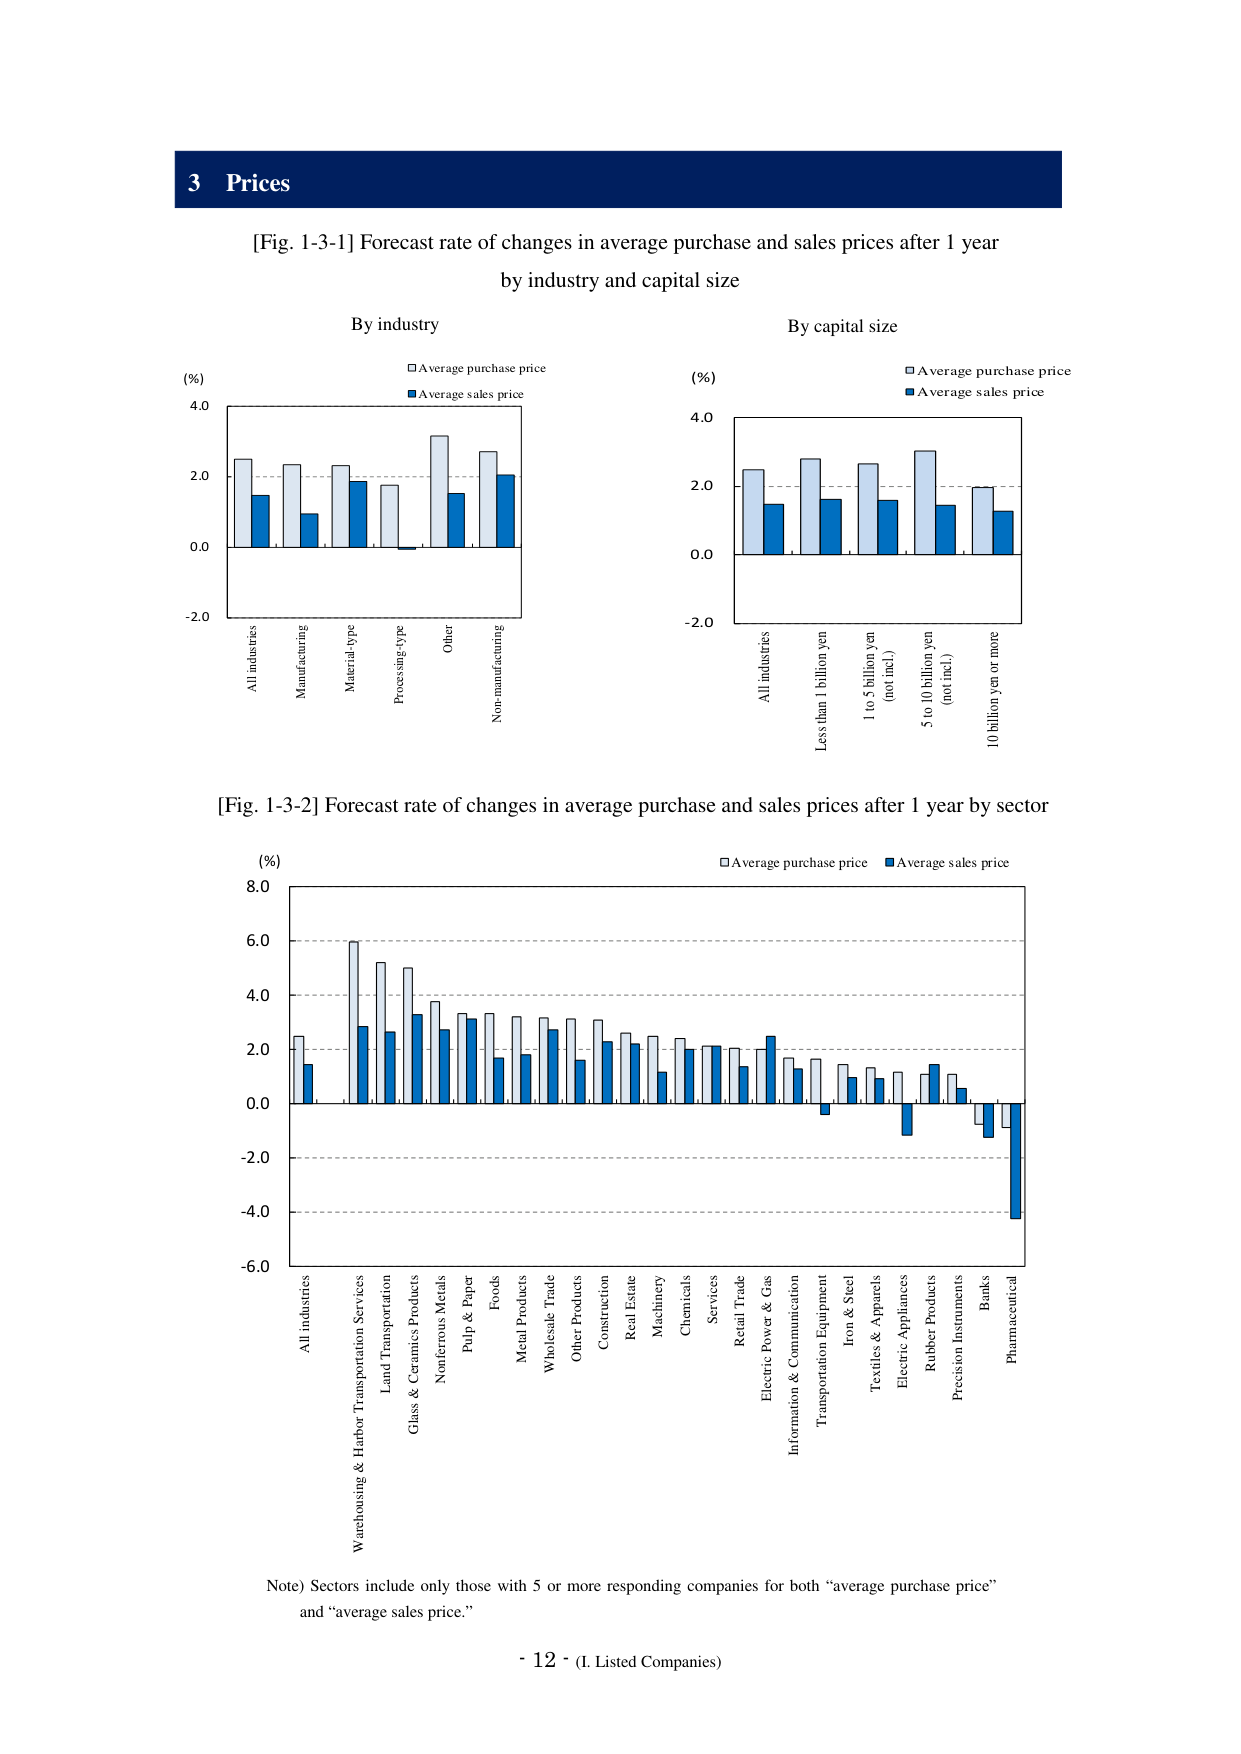
3 Prices

[Fig. 1-3-1] Forecast rate of changes in average purchase and sales prices after 1 year
by industry and capital size

By industry
(%)
4.0
2.0
0.0
-2.0
□ Average purchase price
■ Average sales price
All industries
Manufacturing
Material-type
Processing-type
Other
Non-manufacturing

By capital size
(%)
4.0
2.0
0.0
-2.0
□ Average purchase price
■ Average sales price
All industries
Less than 1 billion yen
1 to 5 billion yen
(not incl.)
5 to 10 billion yen
(not incl.)
10 billion yen or more

[Fig. 1-3-2] Forecast rate of changes in average purchase and sales prices after 1 year by sector

(%)
8.0
6.0
4.0
2.0
0.0
-2.0
-4.0
-6.0
□ Average purchase price
■ Average sales price
All industries
Warehousing & Harbor Transportation Services
Land Transportation
Glass & Ceramics Products
Nonferrous Metals
Pulp & Paper
Foods
Metal Products
Wholesale Trade
Other Products
Construction
Real Estate
Machinery
Chemicals
Services
Retail Trade
Electric Power & Gas
Information & Communication
Transportation Equipment
Iron & Steel
Textiles & Apparels
Electric Appliances
Rubber Products
Precision Instruments
Banks
Pharmaceutical

Note) Sectors include only those with 5 or more responding companies for both “average purchase price” and “average sales price.”

- 12 - (I. Listed Companies)